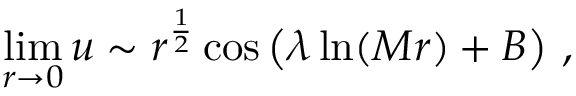
\operatorname * { l i m } _ { r \rightarrow 0 } u \sim { { r } ^ { { \frac { 1 } { 2 } } } \cos \left( \lambda \ln ( M r ) + B \right) } \ ,